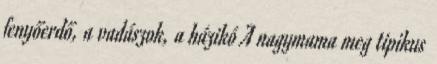
fenyőerdő, a vadászok, a házikó A nagymama meg tipikus